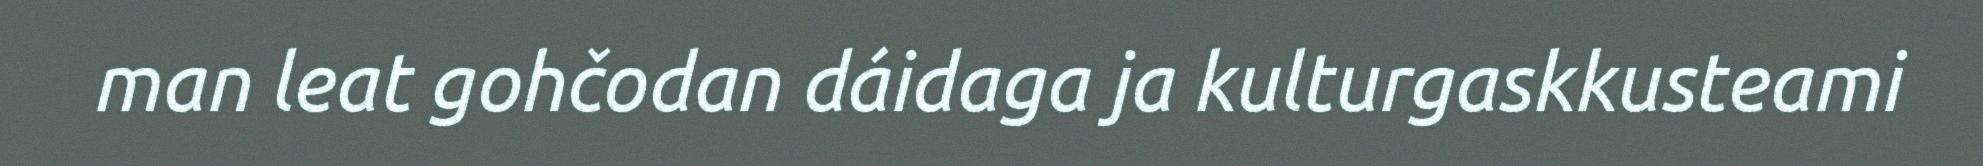
man leat gohčodan dáidaga ja kulturgaskkusteami